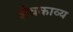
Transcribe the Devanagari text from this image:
शैवकाव्य